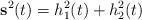
LaTeX: \begin{align*} \mathbf{s}^2(t)=h_1^2(t)+h_2^2(t)\end{align*}